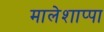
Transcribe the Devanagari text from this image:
मालेशाप्पा